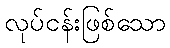
လုပ်ငန်းဖြစ်သော